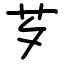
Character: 芕